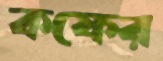
কফের